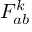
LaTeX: F _ { a b } ^ { k }